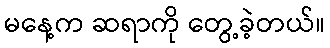
မနေ့က ဆရာကို တွေ့ခဲ့တယ်။